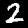
Digit: 2